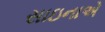
સાઇનાએ